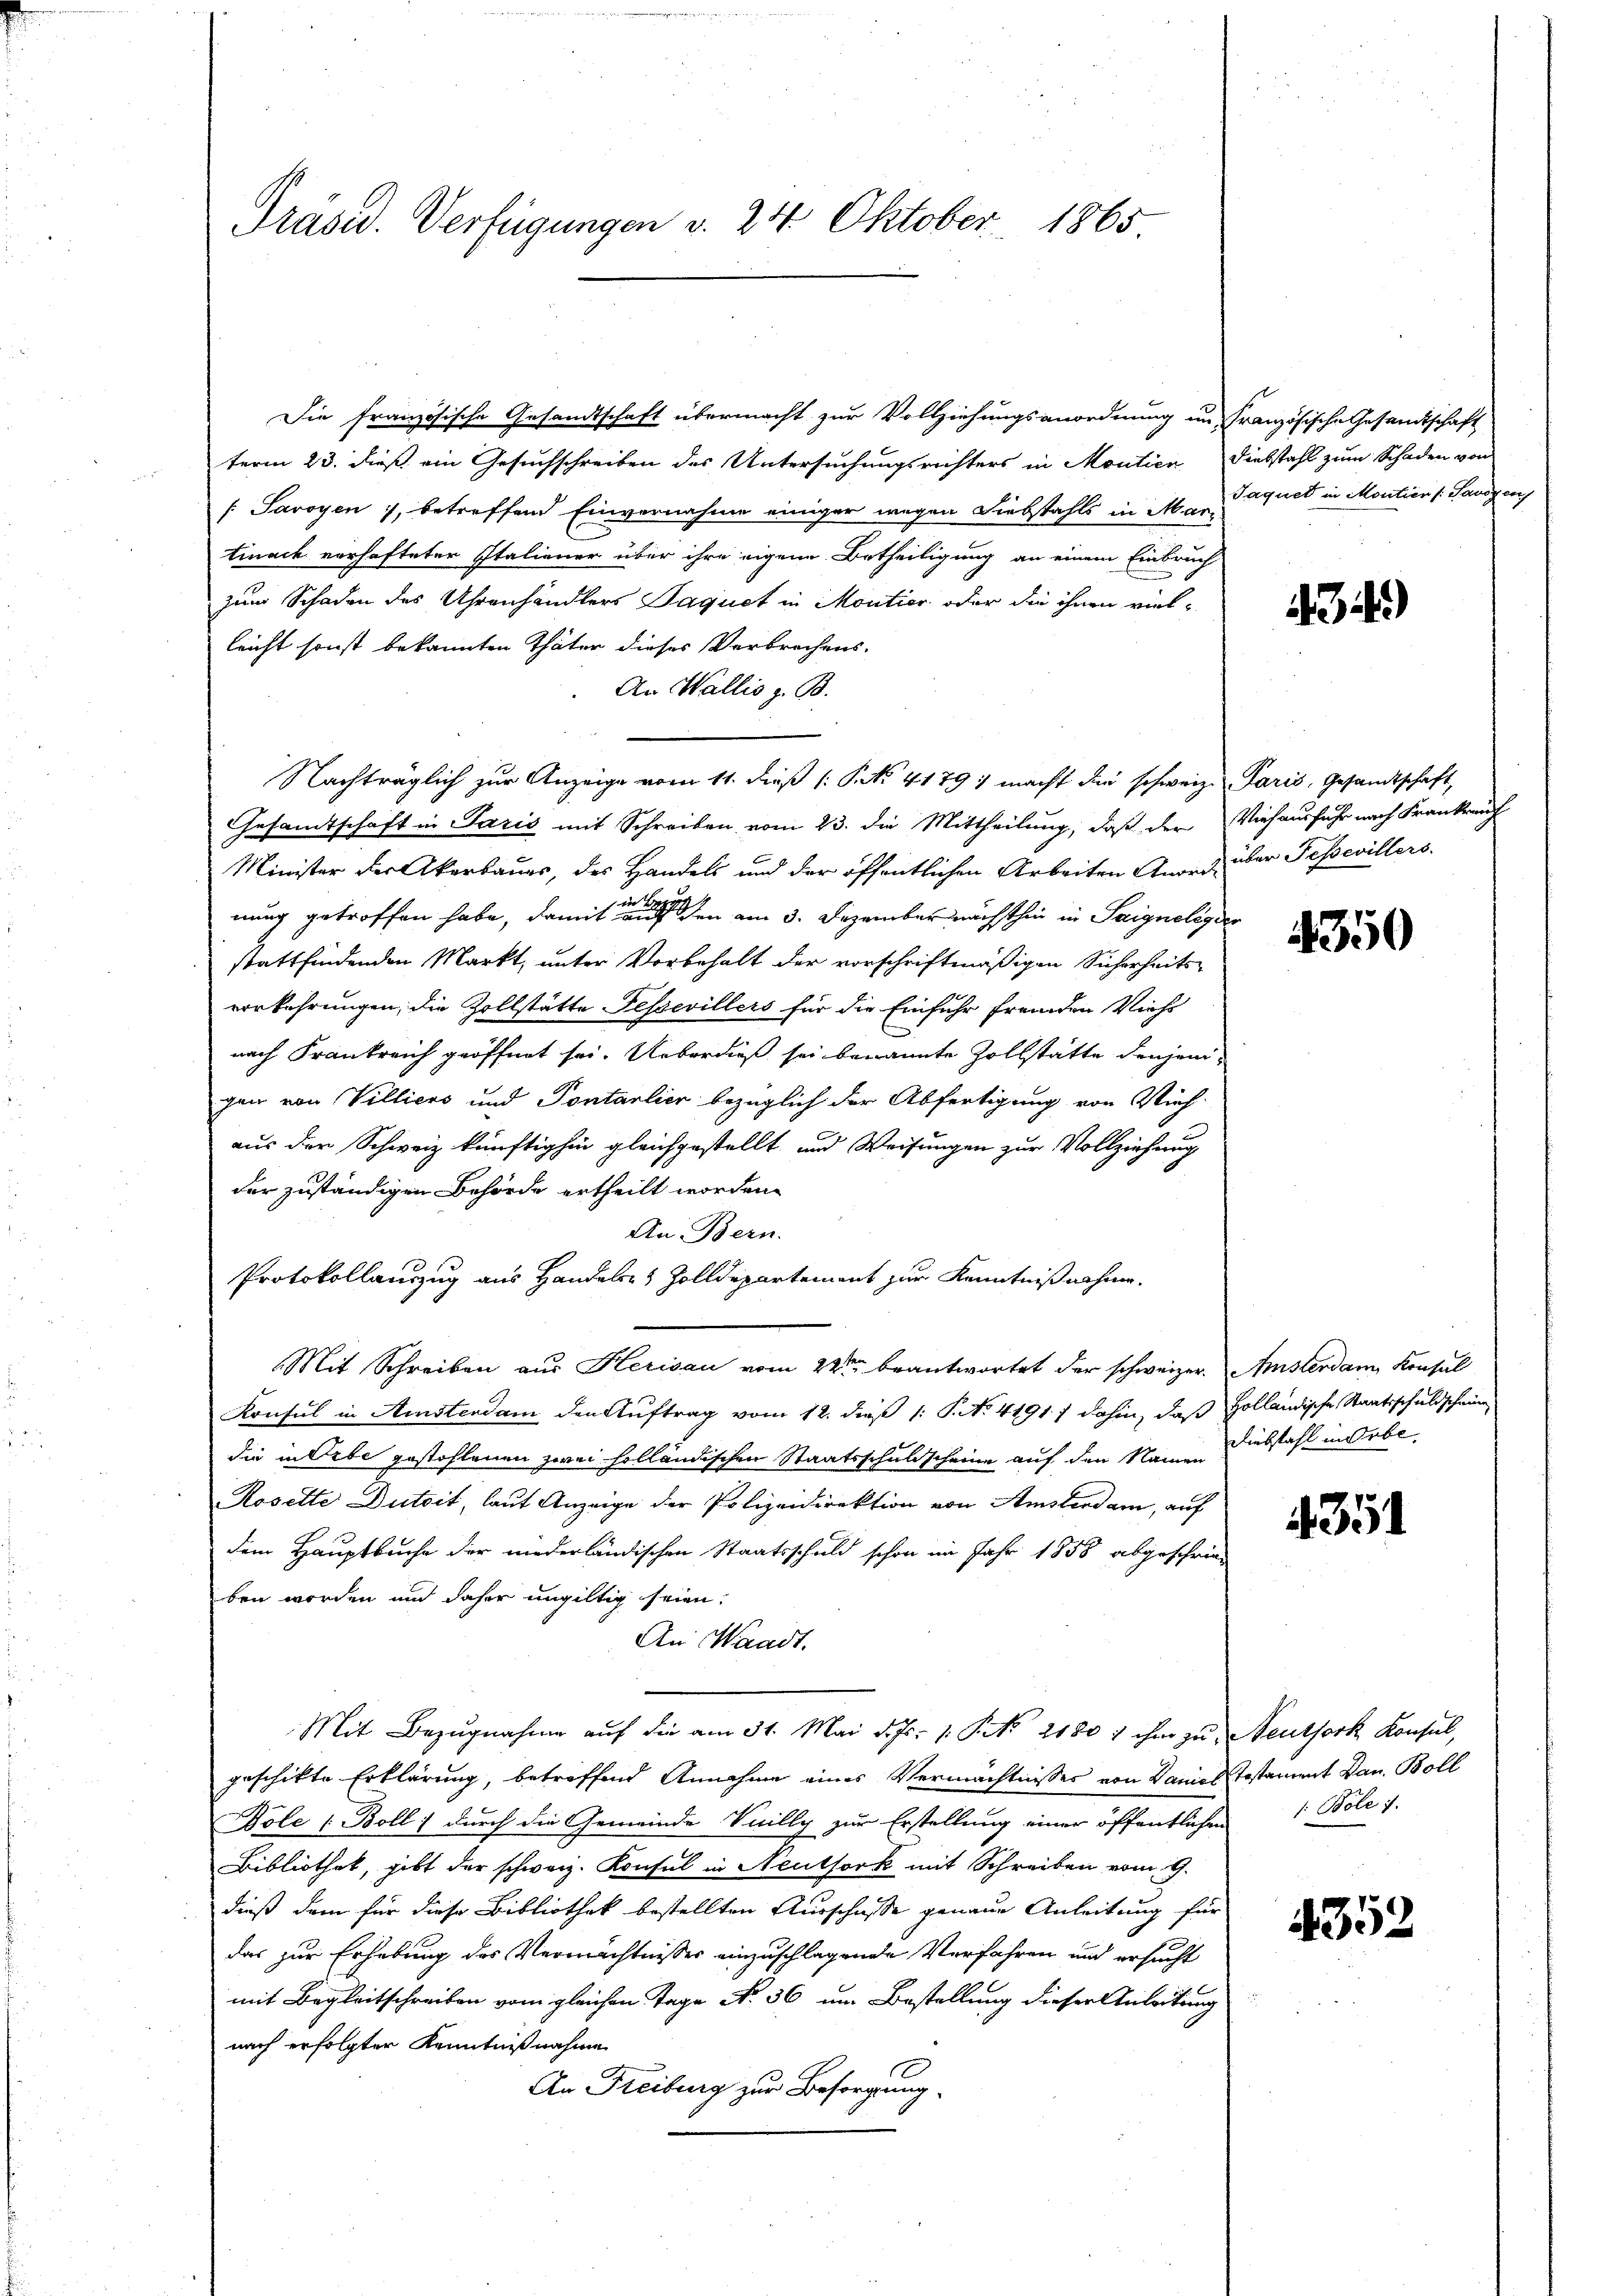
Präsid. Verfügungen v. 24. Oktober 1865

Die französische Gesandtschaft übermacht zur Vollziehungsanordnung in Französische Gesandtschaft
term 23. dieß ein Gesuchschreiben des Untersuchungsrichters in Montien Diebstahl zum Schaden von
[Savoyen , betreffend Einvernahme einiger wegen Diebstahls in Marquet in Montier Savoyen,
tinack verhafteter Italiener über ihre eigene Betheiligung an einem Einbruch
zum Schaden des Uhrenhändlers Paquet in Moutier oder die ihnen viel-
leicht sonst bekannten Thäter dieses Verbrechens.
An Wallis z. B.
Nachträglich zur Anzeige vom 11. dieß (S. 4179) macht die schweiz. Paris, Gesandtschaft,
Gesamtschaft in Paris mit Schreiben vom 23. die Mittheilung, daß der Viehausfuhr nach Frankrauf
Minister der Akarbaues, des Handels und der öffentlichen Arbeiten Anord über Fessevillers.
nung getroffen habe, damit der einen den am 3. Dezember nächsthin in Saignolig der
stattfindenden Markt, unter Vorbehalt der vorschriftmäßigen Sicherheitsvorkehrungen, die Zollstätte Fessevillers für die Einfuhr fremden Viehs
nach Frankreich geöffnet sei. Ueberdieß sei benannte Zollstätte denjenigen von Villiers und Pontarlier bezüglich der Abfertigung von Vich-
aus der Schweiz künftighin gleichgestellt und Weisungen zur Vollziehung
der zuständigen Behörde ertheilt worden.
An Bern.
Protokollauszug aus Handeln & Zolldepartement zur Kenntnißnahme.
Mit Schreiben aus Herisau vom 22ten beantwortet der schweizer. Amsterdam Konsul
Konsul in Amsterdam den Auftrag vom 12. dieß (: P. No. 41917 dahin, daß Holländische Staatsschuldscheine
die in Erbe gestohlenen zwei holländischen Staatsschuldscheine auf den Name Diebstahl in Arbe
Rosette Dutoit, laut Anzeige der Polizeidirektion von Amsterdam, auf
dem Hauptbuche der niederländischen Staatsschuld schon im Jahr 1858 abgeschrie
ben worden und daher ungültig seien.
An Waadt,
Mit Bezugnahme auf die am 31. Mai d. Js. v. P. Nr. 21807 ihm zu Neuthork Konsul,
geschikte Erklärung, betreffend Annahme eines Vermächtnisses von Kames Testament Dan. Boll
Dole [Boll; durch die Gemeinde Vuilly zur Erstellung einer öffentlichen Bole 7.
Bibliothek, gibt der schweiz. Konsul in Neutfork mit Schreiben vom 9.
dieß dem für diese Bibliothek bestellten Ausschaffe genaue Anleitung für
das zur Erhebung des Vermächtnisses einzuschlagende Verfahren und ersucht
mit Begleitschreiben vom gleichen Tage No 36 um Bestellung dieser Anleitung
nach erfolgter Kenntnißnahme
An Freiburg zur Besorgung

43)

4350

4351

4352